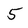
Character: 5